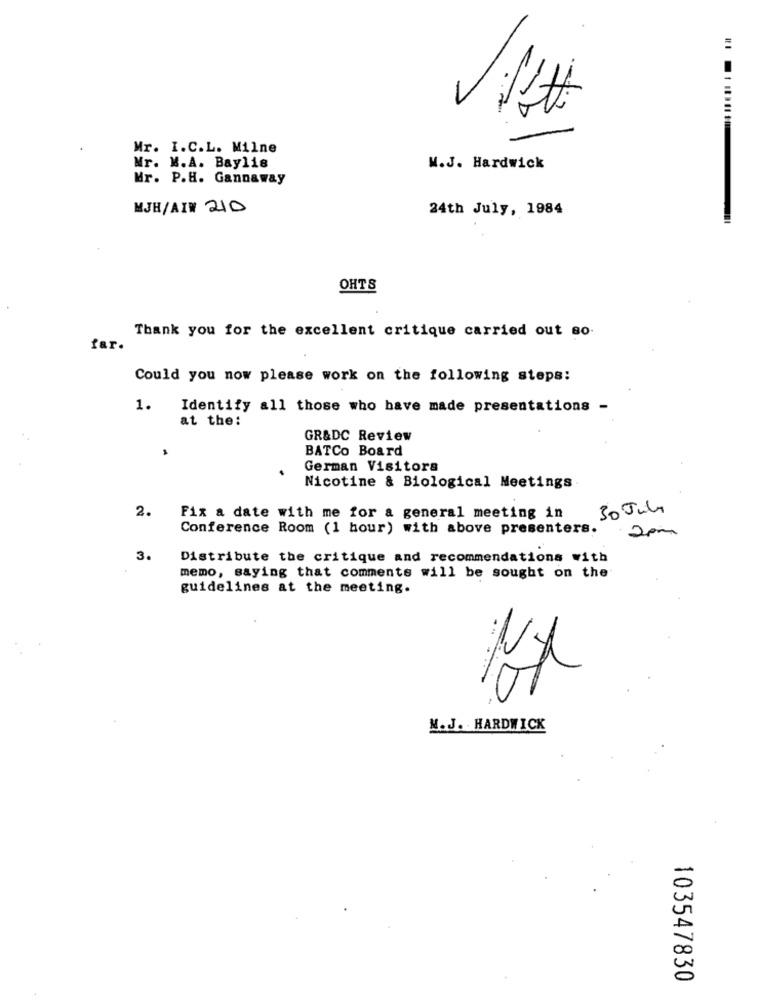
Mr. I.C.L. Milne
Mr. M.A. Baylis
M.J. Hardwick
Mr. P.H. Gannaway
MJH/AI# 210
24th July, 1984
OHTS
Thank you for the excellent critique carried out so.
far.
Could you now please work on the following steps:
1.
Identify all those who have made presentations -
at the:
GR&DC Review
BATCo Board
German Visitors
Nicotine & Biological Meetings
2.
30 July
Fix a date with me for a general meeting in
Conference Room (1 hour) with above presenters.
2pm
3.
Distribute the critique and recommendations with
memo, saying that comments will be sought on the
guidelines at the meeting.
M.J. HARDWICK
103547830